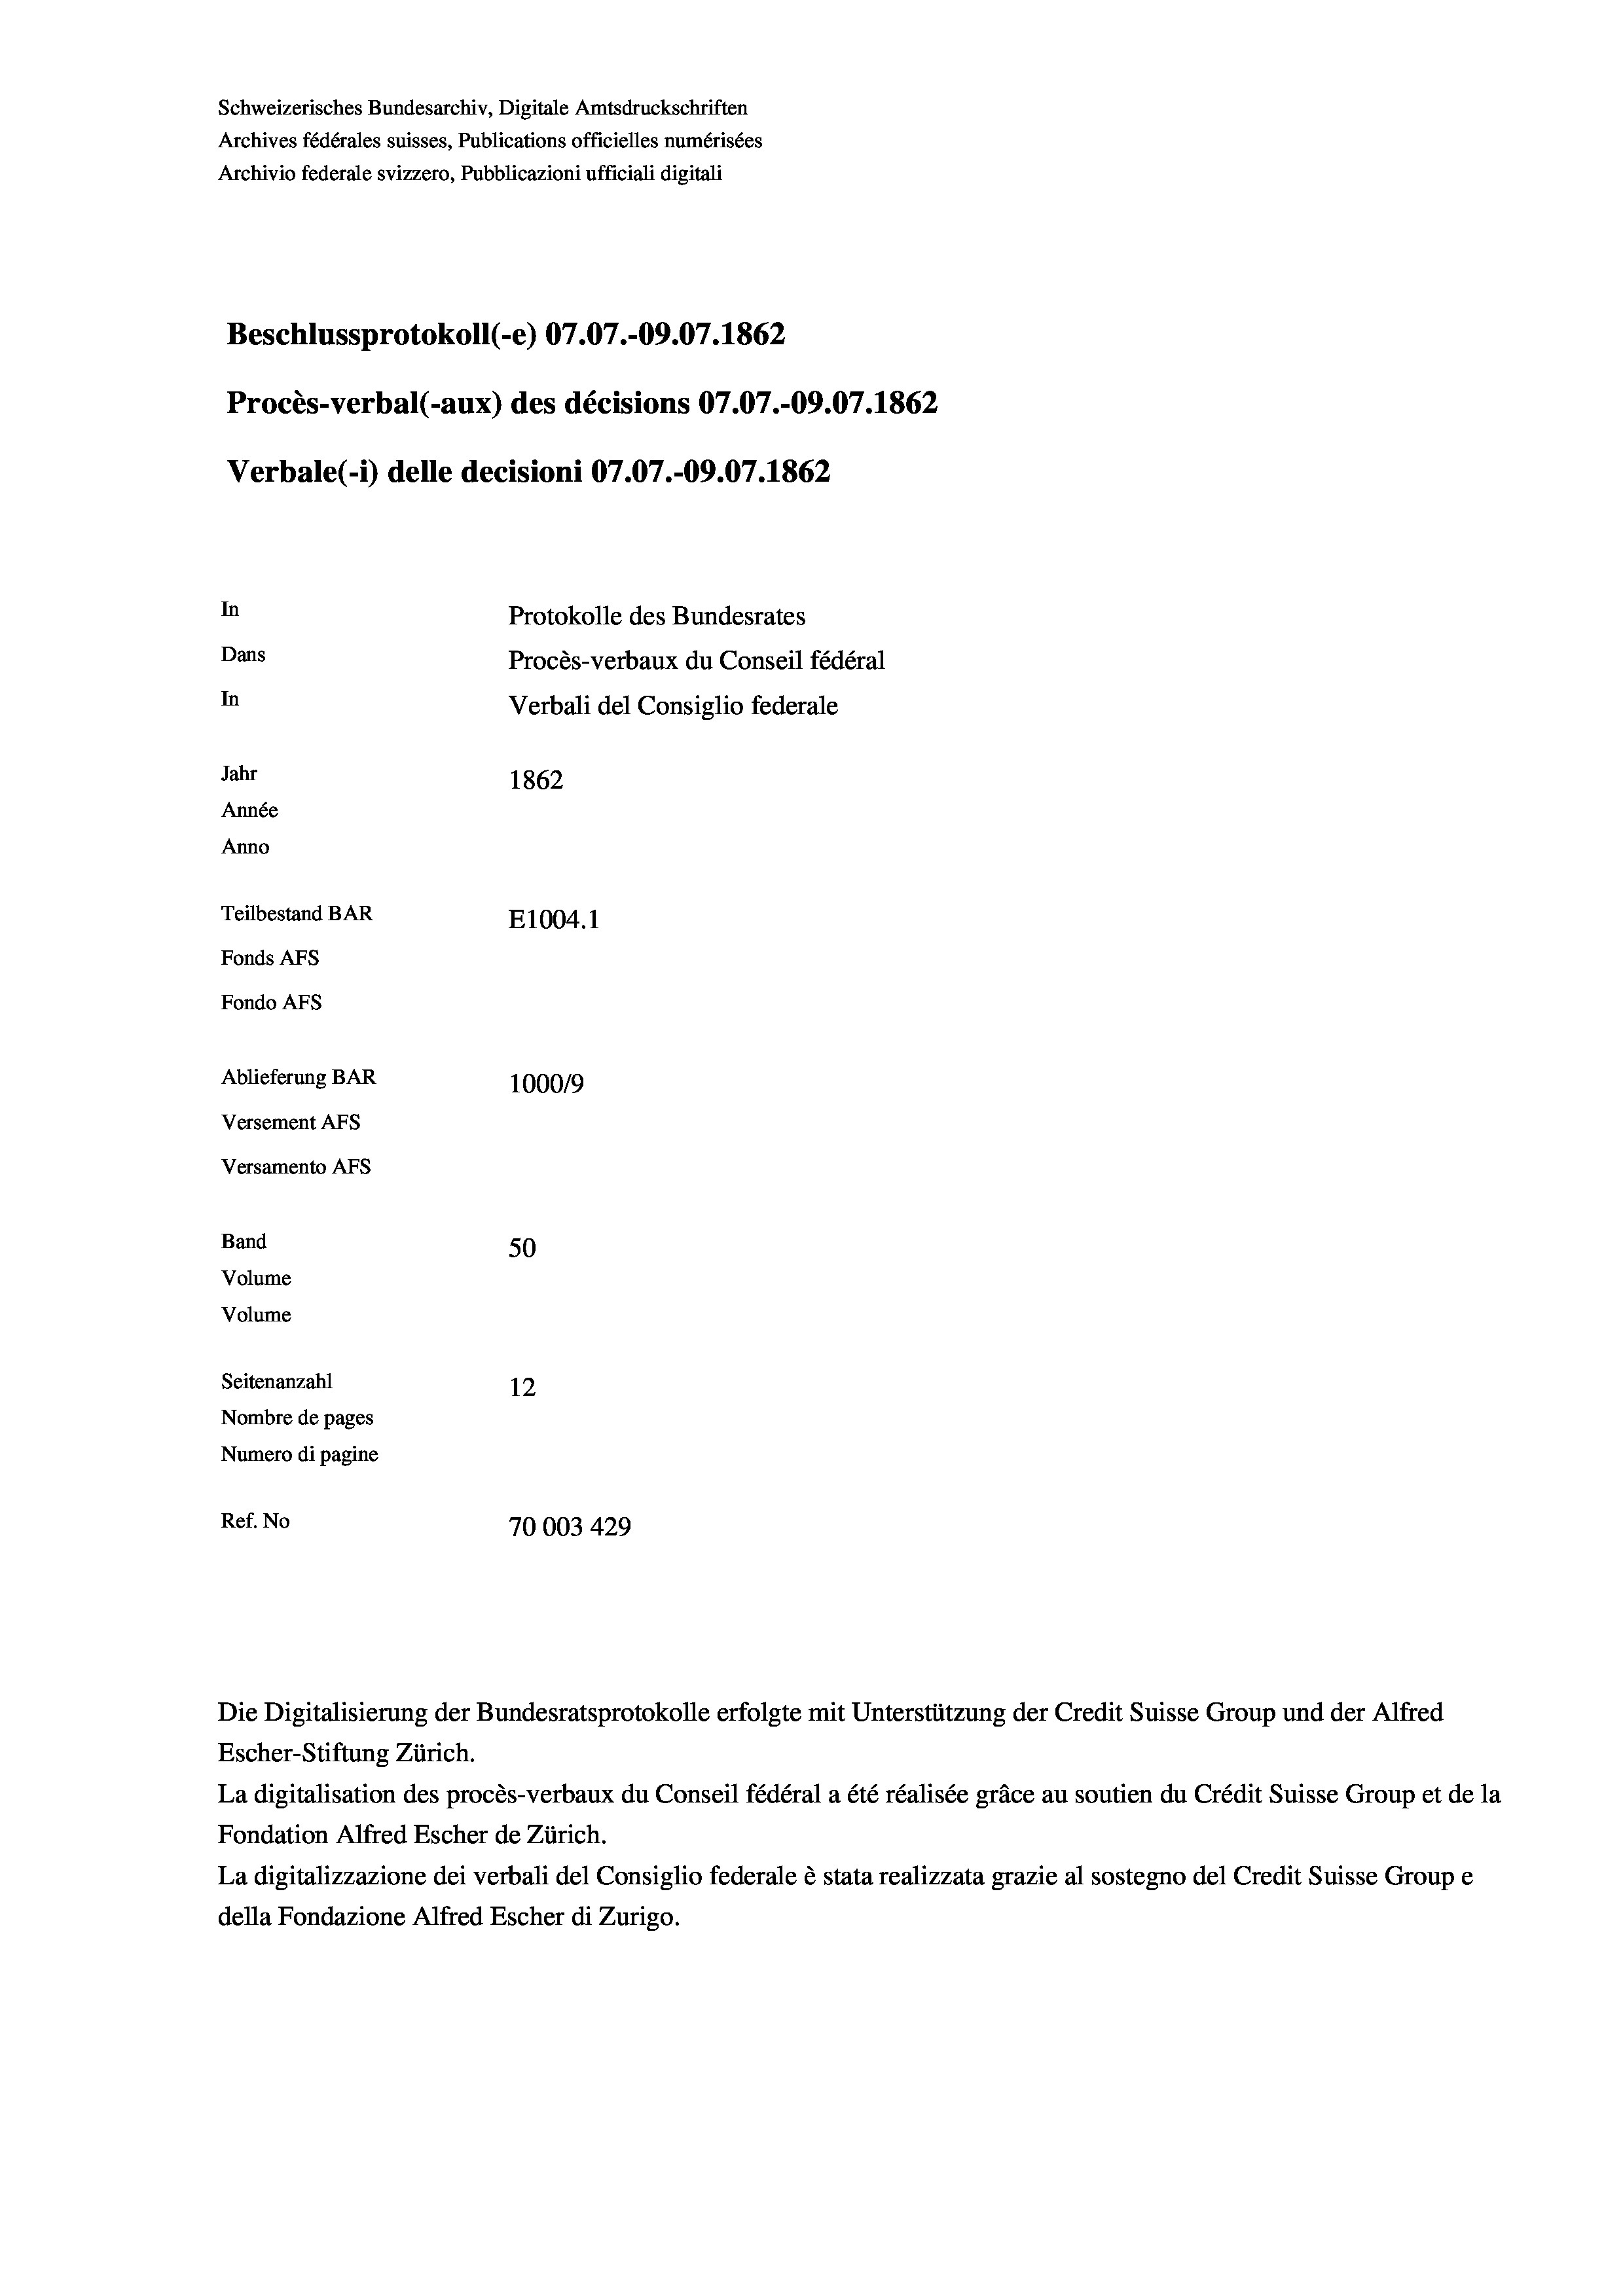
Beschlussprotokoll (-e) 07.07.-09.07. 1862
Verbale (- 1) delle decisioni 07.07.-09.07. 1862
In
Protokolle des Bundesrates
Dans
Procès-verbaux du Conseil fédéral
In
Verbali del Consiglio federale
Jahr
1862
Année
Anno
Teilbestand BAR
E1004. 1
Fonds AFs
Fondo AFS
Ablieferung BAR
100019
Versement As
Versamento Afs

Procès-verbal (-aux) des décisions 07.07.-09.07. 1862

Band

50
Volume
Volume
Seitenanzahl
12
Nombre de pages
Numero di pagine
Ref. No
70003 429

Escher-Stiftung Zürich.
La digitalisation des procès-verbaux du Conseil fédéral a été réalisée gräce au soutien du Crédit Suisse Group et de la
Fondation Alfred Escher de Zürich.
La digitalizzazione dei verbali del Consiglio federale è stata realizzata grazie al sostegno del Credit Suisse Groupe
della Fondazione Alfred Escher di Zurigo.

Schweizerisches Bundesarchiv, Digitale Amtsdruckschriften
Archives fédérales suisses, Publications officielles numérisées

Archivio federale svizzero, Pubblicazioni ufficiali digitali

Die Digitalisierung der Bundesratsprotokolle erfolgte mit Unterstützung der Credit Suisse Group und der Alfred